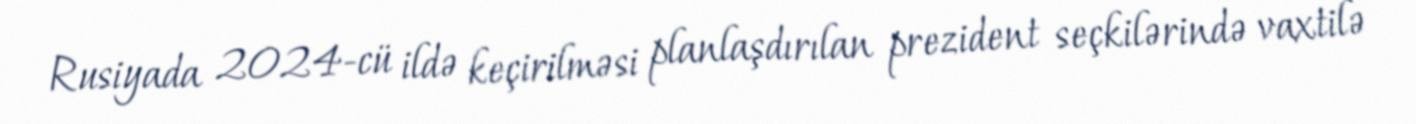
Rusiyada 2024-cü ildə keçirilməsi planlaşdırılan prezident seçkilərində vaxtilə